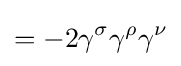
=-2\gamma ^{\sigma }\gamma ^{\rho }\gamma ^{\nu }